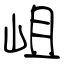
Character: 岨